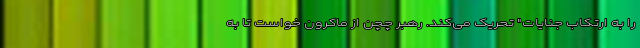
را به ارتکاب جنایات" تحریک می‌کند. رهبر چچن از ماکرون خواست تا به